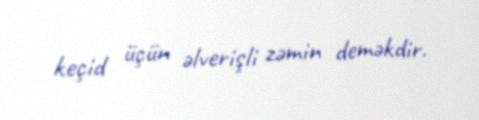
keçid üçün əlverişli zəmin deməkdir.